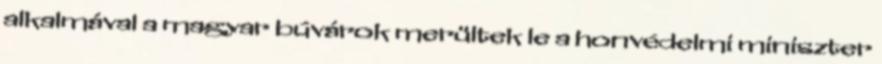
alkalmával a magyar búvárok merültek le a honvédelmi miniszter